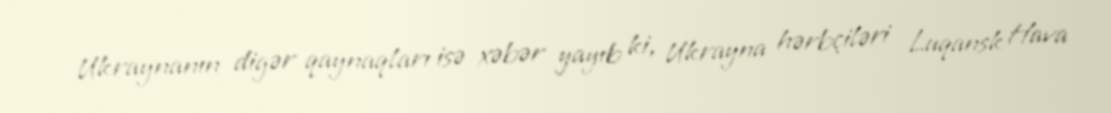
Ukraynanın digər qaynaqları isə xəbər yayıb ki, Ukrayna hərbçiləri Luqansk Hava